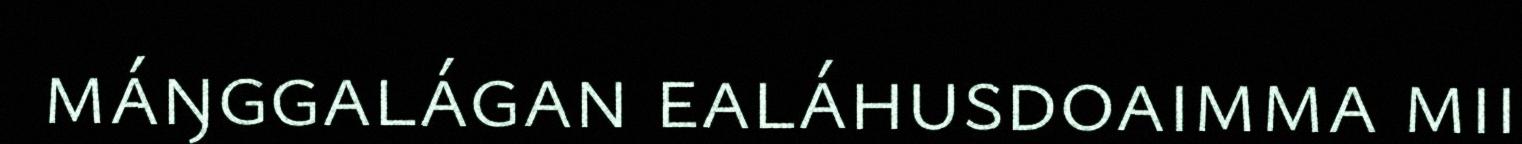
máŋggalágan ealáhusdoaimma mii